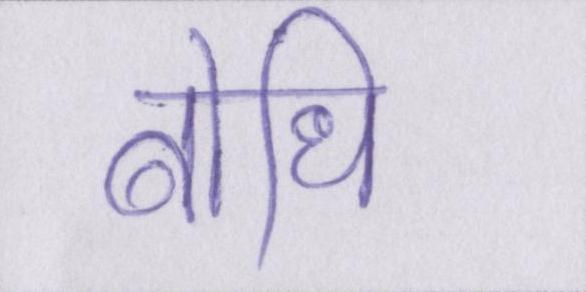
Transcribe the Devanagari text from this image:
बोधि